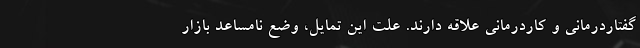
‌گفتاردرمانی و کاردرمانی علاقه دارند. علت این تمایل، وضع نامساعد بازار